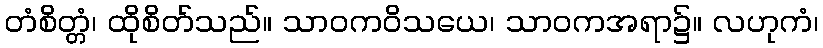
တံစိတ္တံ၊ ထိုစိတ်သည်။ သာဝကဝိသယေ၊ သာဝကအရာ၌။ လဟုကံ၊